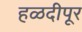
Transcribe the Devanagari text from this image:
हळदीपूर